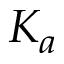
K _ { a }